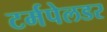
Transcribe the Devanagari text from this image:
टर्मपेलडर